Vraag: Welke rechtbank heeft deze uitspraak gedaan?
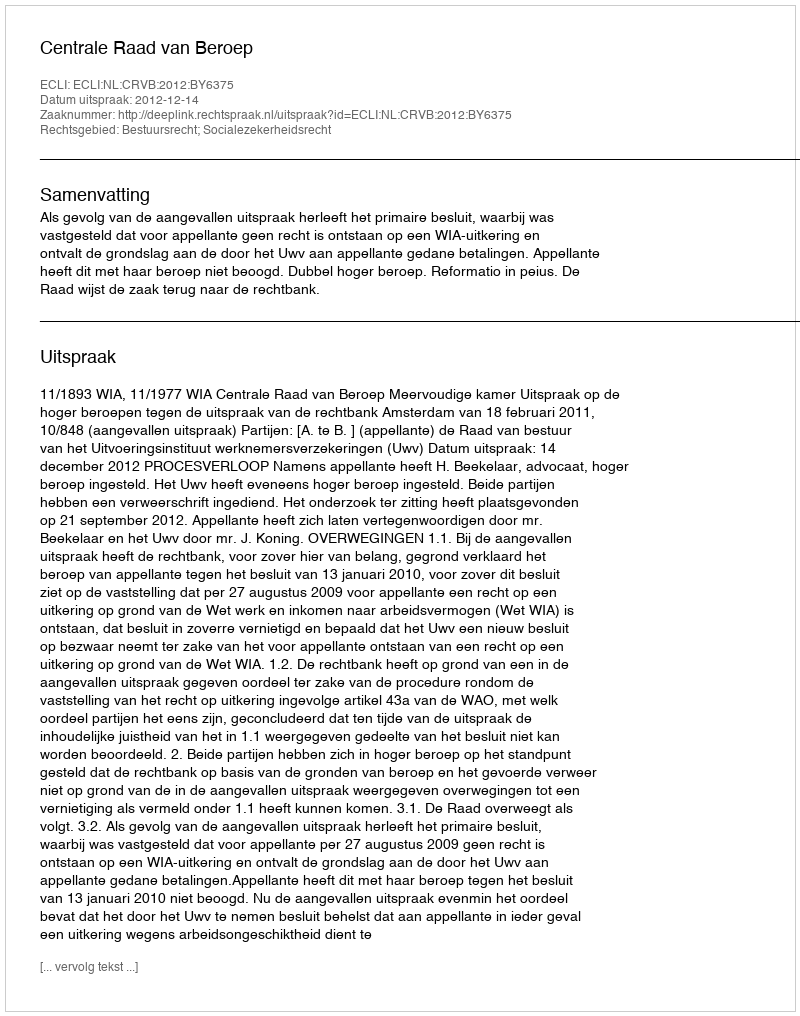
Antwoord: Centrale Raad van Beroep